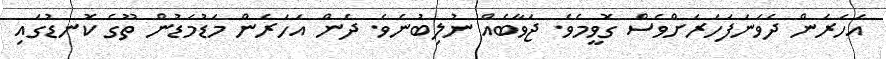
އަހަރެން ދެވަނަފަހަރަށްވެސް ގޮވީމެވެ. ޖަވާބެއް ނުލިބުނެވެ. ދެން އަހަރެން މަޑުމަޑުން ތޫގެ ކޮނޑުގައި